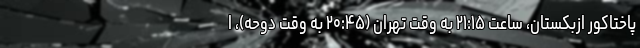
پاختاکور ازبکستان، ساعت ۲۱:۱۵ به وقت تهران (۲۰:۴۵ به وقت دوحه)، ا